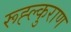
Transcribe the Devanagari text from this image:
रूह्ल्कुराण